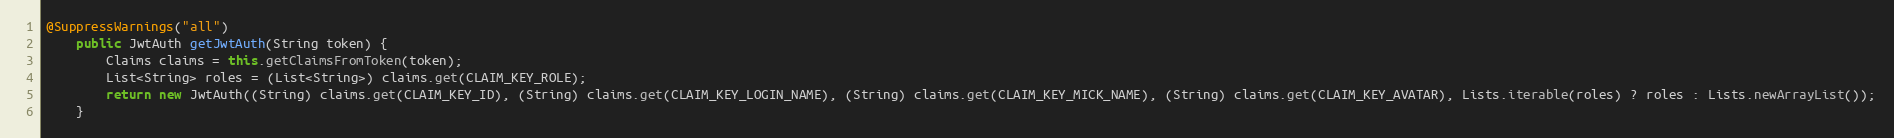
Language: Java
@SuppressWarnings("all")
    public JwtAuth getJwtAuth(String token) {
        Claims claims = this.getClaimsFromToken(token);
        List<String> roles = (List<String>) claims.get(CLAIM_KEY_ROLE);
        return new JwtAuth((String) claims.get(CLAIM_KEY_ID), (String) claims.get(CLAIM_KEY_LOGIN_NAME), (String) claims.get(CLAIM_KEY_MICK_NAME), (String) claims.get(CLAIM_KEY_AVATAR), Lists.iterable(roles) ? roles : Lists.newArrayList());
    }